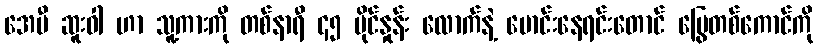
အေမီ ဆူးဝါ ဟာ သူ့ကားကို တစ်နာရီ ၄၅ မိုင်နှုန်း လောက်နဲ့ မောင်းနေရင်းတောင် မြွေတစ်ကောင်ကို